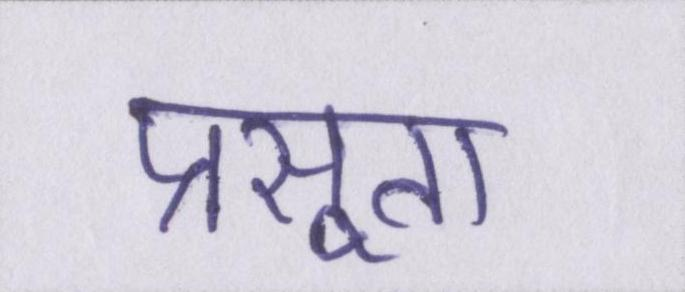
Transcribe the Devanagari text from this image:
प्रसूता